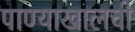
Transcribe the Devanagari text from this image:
पाण्याखालची